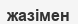
жазімен